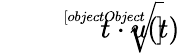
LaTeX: {\sqrt[[objectObject]]{t}}\cdot u(t)